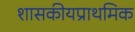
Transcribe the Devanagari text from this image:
शासकीयप्राथमिक